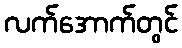
လက်အောက်တွင်